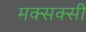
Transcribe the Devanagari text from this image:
मक्सक्सी